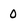
Character: 0